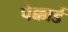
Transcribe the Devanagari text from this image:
पेक्कार्ड